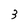
Character: 3